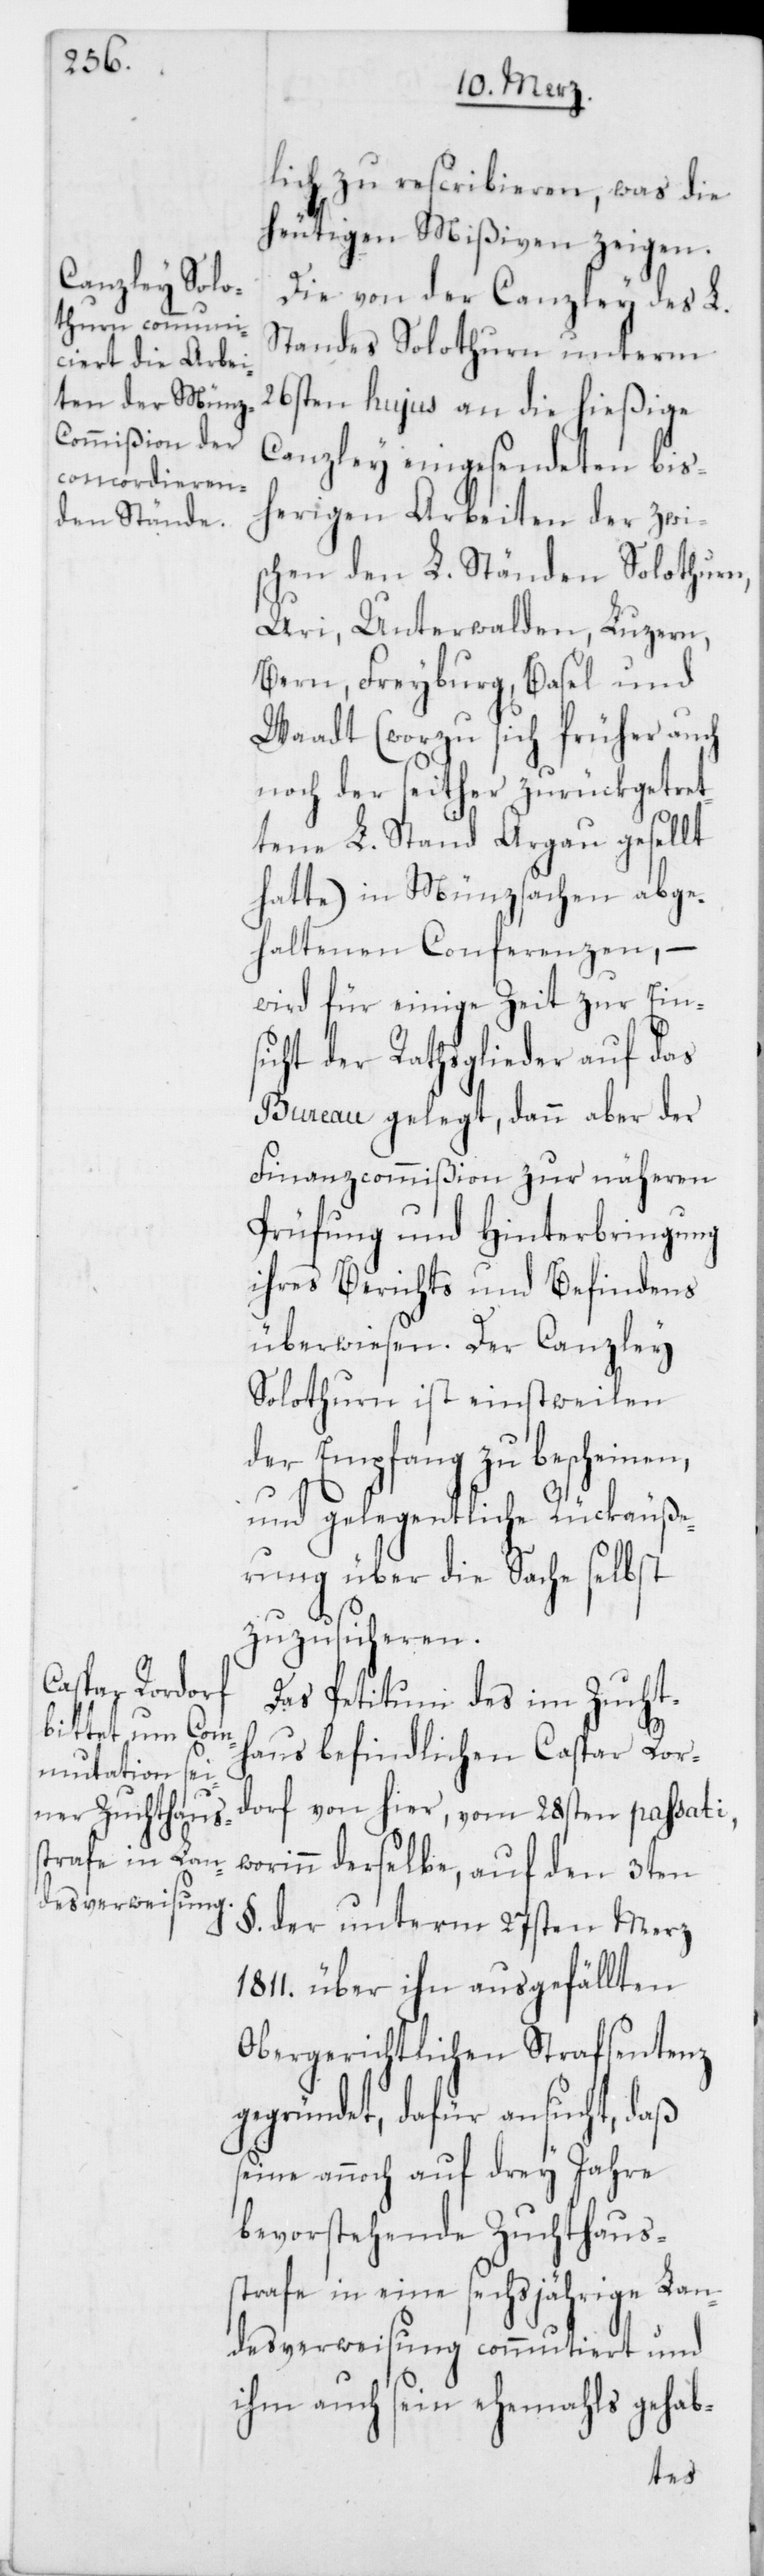
lich zu rescribieren, was die
heutigen Mißiven zeigen.
Die von der Canzley des L.
Standes Solothurn unterm
26sten hujus an die hießige
Canzley eingesendeten bis¬
herigen Arbeiten der zwi¬
schen den L. Ständen Solothurn,
Uri, Unterwalden Luzern,
Bern, Freyburg, Basel und
Waadt (worzu sich früher auch
noch der seither zurükgetret¬
tene L. Stand Argau gesellt
hatte) in Münzsachen abge¬
haltenen Conferenzen, –
wird für einige Zeit zur Ein¬
sicht der Rathsglieder auf das
Bureau gelegt, dann aber der
Finanzcommißion zur näheren
Prüfung und Hinterbringung
ihres Berichts und Befindens
überwiesen. Der Canzley
Solothurn ist einstweilen
der Empfang zu bescheinen,
und gelegentliche Rückäuße¬
rung über die Sache selbst
zuzusicheren.
Das Petitum des im Zucht¬
haus befindlichen Caspar Ror¬
dorf von hier, vom 28sten passati,
worinn derselbe, auf den 3ten
§. der unterm 27sten Merz
1811. über ihn ausgefällten
Obergerichtlichen Strafsentenz
gegründet, dafür ansucht, daß
seine annoch auf drey Jahre
bevorstehende Zuchthaus¬
strafe in eine sechsjährige Lan¬
desverweisung commutiert und
ihm auch sein ehemahls gehab-